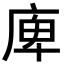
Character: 庳